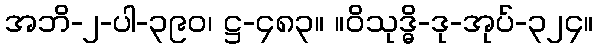
အဘိ-၂-ပါ-၃၉၀၊ ဋ္ဌ-၄၈၃။ ။ဝိသုဒ္ဓိ-ဒု-အုပ်-၃၂၄။